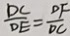
\frac { D C } { D E } = \frac { D F } { D C }